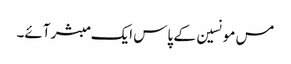
مس مونسین کے پاس ایک مبشر آئے۔